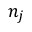
n _ { j }